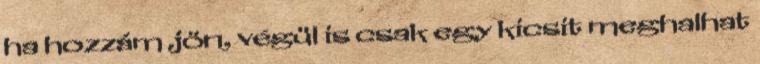
ha hozzám jön, végül is csak egy kicsit meghalhat